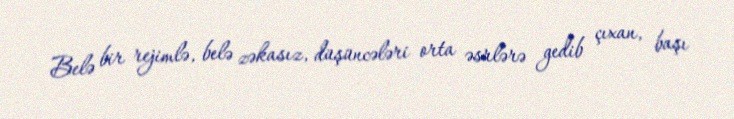
Belə bir rejimlə, belə zəkasız, düşüncələri orta əsrlərə gedib çıxan, başı